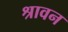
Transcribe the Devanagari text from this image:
श्रावन